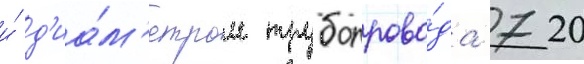
и́ д'иа́м'етром трубопрово́да 720